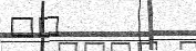
٢٨